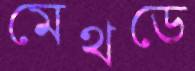
মেথডে